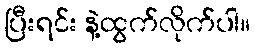
ပြီးရင်း နဲ့ထွက်လိုက်ပါ။